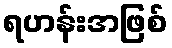
ရဟန်းအဖြစ်